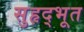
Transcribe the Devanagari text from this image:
सुहृद्भूत